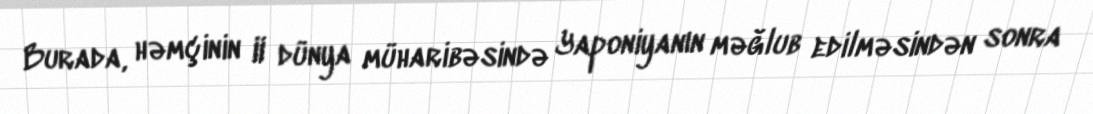
Burada, həmçinin II dünya müharibəsində Yaponiyanın məğlub edilməsindən sonra